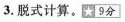
3.脱式计算。9分